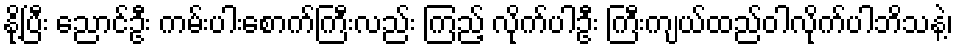
နို့ပြီး ညောင်ဦး ကမ်းပါးစောက်ကြီးလည်း ကြည့် လိုက်ပါဦး ကြီးကျယ်ထည်ဝါလိုက်ပါဘိသနဲ့၊